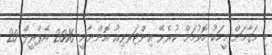
މި މަޤާމަށް މީހަކު ހޮވުމަށް ކުރެވޭ އިންޓަރވިއު އޮންނާނީ 2016 އެޕްރީލް 20